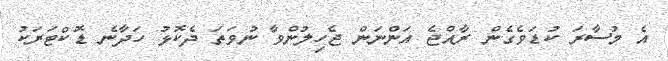
އެ މުސާރަ ކުޑަވެގެން ރާއްޖެ އަންނަން ޖެހިލުންވާ ނުވަތަ ދެކޮޅު ހަދާނެ ޑޮކްޓަރަކު